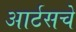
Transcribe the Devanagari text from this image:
आर्टसचे